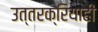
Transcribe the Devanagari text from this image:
उत्तरक्रियाही